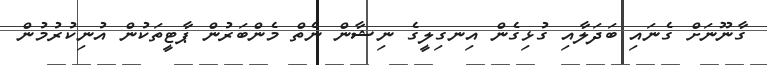
ގާނޫނަށް ގެނައި ބަދަލާއި ގުޅިގެން އިނގިލީގެ ނިޝާން ނެތް މެންބަރުން ޕާޓީތަކުން އުނިކުރުމުން